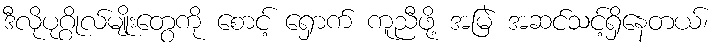
ဒီလိုပုဂ္ဂိုလ်မျိုးတွေကို စောင့် ရှောက် ကူညီဖို့ အမြဲ အဆင်သင့်ရှိနေတယ်၊